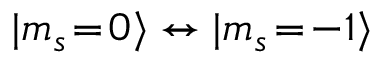
| m _ { s } \! = \! 0 \rangle \leftrightarrow | m _ { s } \! = \! - 1 \rangle